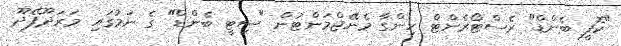
"ކޮފީ ބެންޑް" ރެސްޓޯރެންޓް ހިންގާ މެނޭޖްމަންޓުން "ސިޓީ ބެންޑް" ގެ ނަމުގައި މަރަދޫފޭދޫ